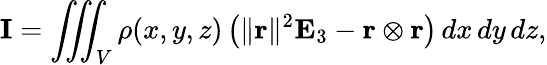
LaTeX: \mathbf{I}=\iiint_{V}\rho(x,y,z)\left(\| \mathbf{r}\| ^{2}\mathbf{E}_{3}-\mathbf{r}\otimes\mathbf{r}\right)\, dx\, dy\, dz,